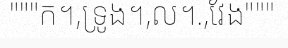
"""ក។,ទ្រូង។,ល។.,វែង"""